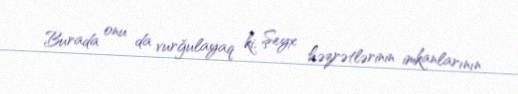
Burada onu da vurğulayaq ki, Şeyx həzrətlərinin imkanlarının